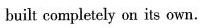
built completely on its own.